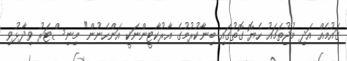
ގައުމެއް އަދި މުޖުތަމައު ހެޔޮ ގޮތުގައި ބިނާކުރުމުގެ އާރުކާޓީންނަކީ އަންހެނުން" މިނިސްޓަރު ވިދާޅުވި